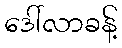
ဒေါ်လာခန့်